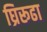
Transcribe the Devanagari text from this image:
घ्रिरूढा